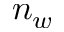
n _ { w }